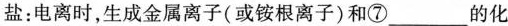
盐：电离时，生成金属离子(或铵根离子)和⑦___的化